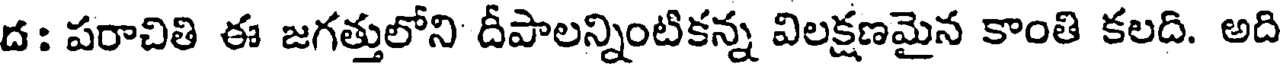
ద: పరాచితి ఈ జగత్తులోని దీపాలన్నింటికన్న విలక్షణమైన కాంతి కలది. అది